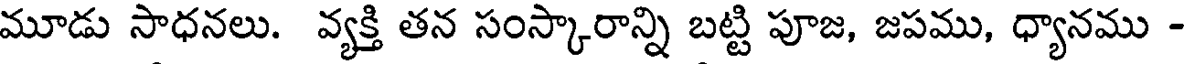
మూడు సాధనలు. వ్యక్తి తన సంస్కారాన్ని బట్టి పూజ, జపము, ధ్యానము -